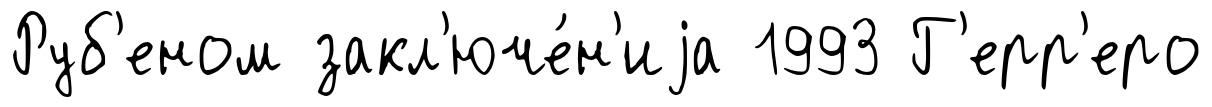
Руб'еном закл'юче́н'иjа 1993 Г'ерр'еро